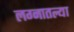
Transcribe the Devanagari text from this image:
लग्नातल्या